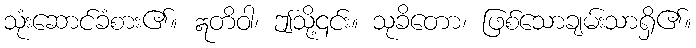
သုံးဆောင်ခံစား၏။ ဣတိဝါ၊ ဤသို့၎င်း။ သုခိတော၊ ဖြစ်သောချမ်းသာရှိ၏။